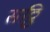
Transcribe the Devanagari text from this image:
सठ्ठि